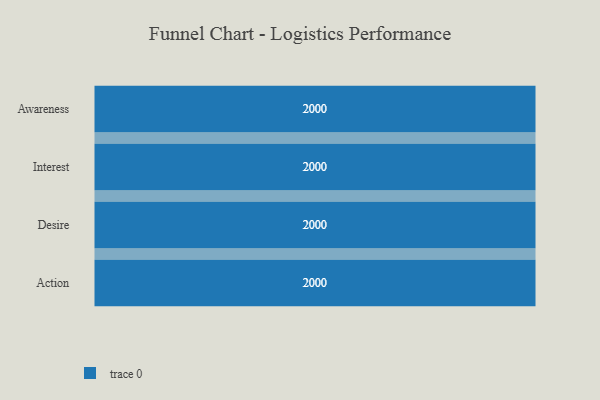
{"axis": {"x": "Stage", "y": "Value"}, "legend": [""], "data": [{"x": "Awareness", "y": 2000, "type": ""}, {"x": "Interest", "y": 2000, "type": ""}, {"x": "Desire", "y": 2000, "type": ""}, {"x": "Action", "y": 2000, "type": ""}]}